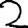
Digit: 2